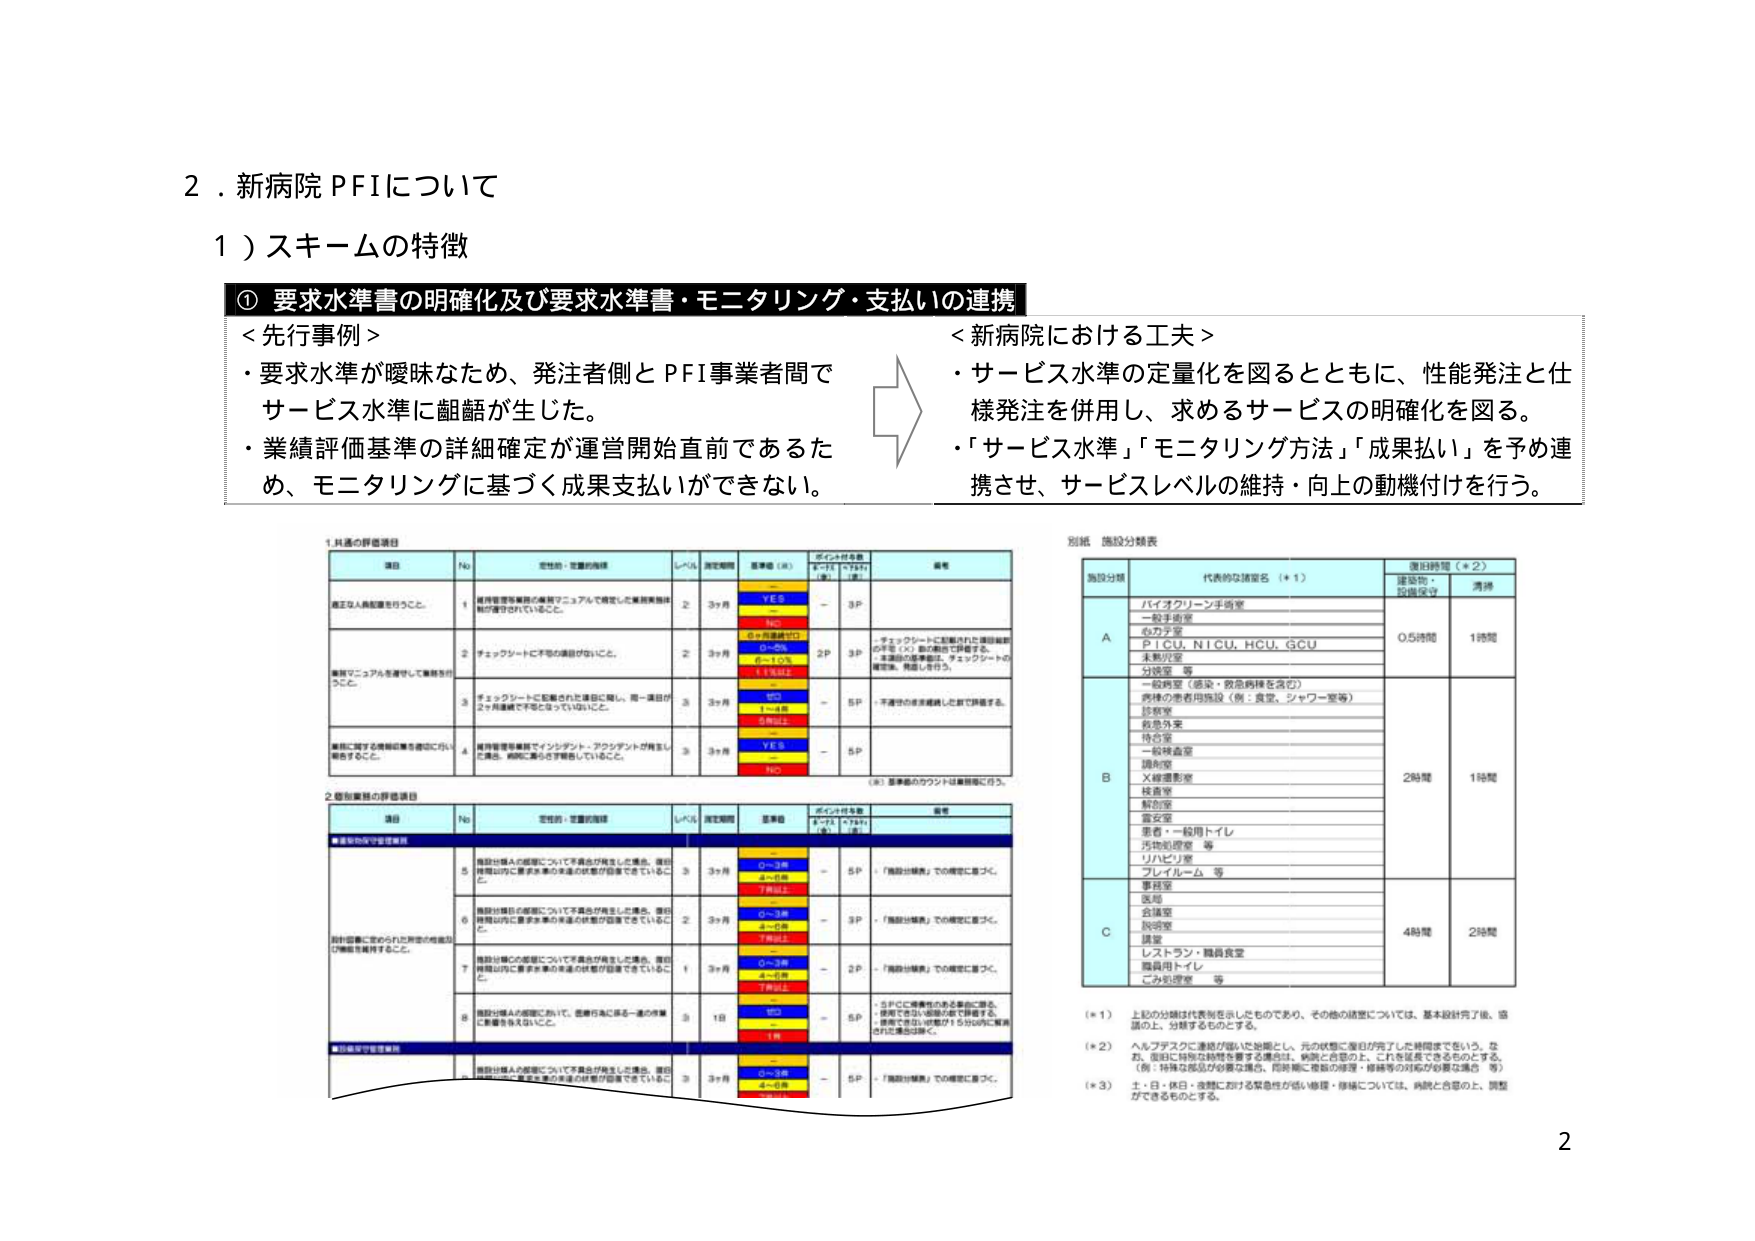
2．新病院PFIについて
1）スキームの特徴

① 要求水準書の明確化及び要求水準書・モニタリング・支払いの連携

＜先行事例＞
・要求水準が曖昧なため、発注者側とPFI事業者間でサービス水準に齟齬が生じた。
・業績評価基準の詳細確定が運営開始直前であるため、モニタリングに基づく成果支払いができない。

＜新病院における工夫＞
・サービス水準の定量化を図るとともに、性能発注と仕様発注を併用し、求めるサービスの明確化を図る。
・「サービス水準」「モニタリング方法」「成果払い」を予め連携させ、サービスレベルの維持・向上の動機付けを行う。

1. 共通の評価項目

項目　　No　　定性的・定量的指標　　レベル　　測定期間　　基準値（※）　　ポイント付与基準（※）　　備考
　　　　　　　　　　　　　　　　　　　　　　　　※PT1　※PT2　　（※）
　　　　　　　　　　　　　　　　　　　　　　　　（※）　（※）

適正な人員配置を行うこと。　　1　　維持管理等業務の業務マニュアルで規定した業務実施体制が確保されていること。　　2　　3ヶ月　　YES　　－　　3P
　　　　　　　　　　　　　　　　　　　　　　　　NO　　－
　　　　　　　　　　　　　　　　　　　　　　　　0～3件　　－
　　　　　　　　　　　　　　　　　　　　　　　　4～6件　　－
　　　　　　　　　　　　　　　　　　　　　　　　7件以上　　－

業務マニュアルを遵守して業務を行っていること。　　2　　チェックシートに不備の確認がないこと。　　2　　3ヶ月　　YES　　2P　　3P　　・チェックシートに記載された項目総数の8割（※）以上が確認できること。
　　　　　　　　　　　　　　　　　　　　　　　　　　　　　　　　　　　　　　　　・本項目の基準値は、チェックシートの確認数、問題点を含む。
　　　　　　　　　　　　　　　　　　　　　　　　0～3件　　－
　　　　　　　　　　　　　　　　　　　　　　　　4～6件　　－
　　　　　　　　　　　　　　　　　　　　　　　　7件以上　　－

チェックシートに記載された項目に関して、同一項目が2ヶ月連続で不備となっていること。　　3　　3ヶ月　　YES　　－　　5P　　・不備のまま連続した数で評価する。
　　　　　　　　　　　　　　　　　　　　　　　　0～3件　　－
　　　　　　　　　　　　　　　　　　　　　　　　4～6件　　－
　　　　　　　　　　　　　　　　　　　　　　　　7件以上　　－

業務に関する情報の共有を適切に行い報告すること。　　4　　維持管理等業務でインシデント・アクシデントが発生した場合、病院に速やかに報告していること。　　3　　3ヶ月　　YES　　－　　5P
　　　　　　　　　　　　　　　　　　　　　　　　NO　　－

（※）基準値のカウントは業務毎に行う。

2. 個別業務の評価項目

項目　　No　　定性的・定量的指標　　レベル　　測定期間　　基準値　　ポイント付与基準　　備考
　　　　　　　　　　　　　　　　　　　　　　　　※PT1　※PT2
　　　　　　　　　　　　　　　　　　　　　　　　（※）　（※）

★電気設備の保守管理

施設設備の保守管理について不備が発生した場合、施設設備以外に影響が及ぶ場合の対応が迅速できていること。　　5　　3　　3ヶ月　　0～3件　　－　　5P　　・「施設設備」での確認に基づく。
　　　　　　　　　　　　　　　　　　　　　　　　　　　　　　　　　　　　　　　　4～6件　　－
　　　　　　　　　　　　　　　　　　　　　　　　　　　　　　　　　　　　　　　　7件以上　　－

施設設備の保守管理について不備が発生した場合、施設設備以外に影響が及ぶ場合の対応が迅速できていること。　　6　　2　　3ヶ月　　0～3件　　－　　3P　　・「施設設備」での確認に基づく。
　　　　　　　　　　　　　　　　　　　　　　　　　　　　　　　　　　　　　　　　4～6件　　－
　　　　　　　　　　　　　　　　　　　　　　　　　　　　　　　　　　　　　　　　7件以上　　－

施設設備の保守管理について不備が発生した場合、施設設備以外に影響が及ぶ場合の対応が迅速できていること。　　7　　1　　3ヶ月　　0～3件　　－　　2P　　・「施設設備」での確認に基づく。
　　　　　　　　　　　　　　　　　　　　　　　　　　　　　　　　　　　　　　　　4～6件　　－
　　　　　　　　　　　　　　　　　　　　　　　　　　　　　　　　　　　　　　　　7件以上　　－

施設設備の保守管理において、監督行為に係る一連の作業に影響を与えないこと。　　8　　3　　1日　　YES　　－　　5P　　・SPCに不備が発生した場合に限る。
　　　　　　　　　　　　　　　　　　　　　　　　　　　　　　　　　　　　　　　　・使用できない状態が続く時間を、
　　　　　　　　　　　　　　　　　　　　　　　　　　　　　　　　　　　　　　　　・連続で合計15分以内に解消
　　　　　　　　　　　　　　　　　　　　　　　　　　　　　　　　　　　　　　　　された場合はOK。
　　　　　　　　　　　　　　　　　　　　　　　　NO　　－
　　　　　　　　　　　　　　　　　　　　　　　　1件　　－

★給排水設備の保守管理

施設設備の保守管理について不備が発生した場合、施設設備以外に影響が及ぶ場合の対応が迅速できていること。　　3　　3ヶ月　　0～3件　　－　　5P　　・「施設設備」での確認に基づく。
　　　　　　　　　　　　　　　　　　　　　　　　　　　　　　　　　　　　　　　　4～6件　　－
　　　　　　　　　　　　　　　　　　　　　　　　　　　　　　　　　　　　　　　　7件以上　　－

別紙 施設分類表

施設分類　　代表的な諸室名（※1）　　復旧時間（※2）
　　　　　　　　　　　　　　　　　　建築物・設備保守　　清掃

A　　バイオクリーン手術室　　0.5時間　　1時間
　　　一般手術室
　　　心カテ室
　　　P I C U、N I C U、H C U、G C U
　　　未熟児室
　　　分娩室　等

B　　一般病室（感染・救急病棟を含む）　　2時間　　1時間
　　　内装の患者用施設（例：食堂、シャワー室等）
　　　診察室
　　　救急外来
　　　待合室
　　　一般検査室
　　　調剤室
　　　X線撮影室
　　　検査室
　　　解剖室
　　　霊安室
　　　患者・一般用トイレ
　　　汚物処理室　等
　　　リハビリ室
　　　プレイルーム　等

C　　事務室　　4時間　　2時間
　　　医局
　　　会議室
　　　説明室
　　　講堂
　　　レストラン・職員食堂
　　　職員用トイレ
　　　ごみ処理室　等

（※1）上記の分類は代表例を示したものであり、その他の諸室については、基本設計完了後、協議の上、分類するものとする。
（※2）ヘルプデスクに連絡が取れた設備とし、元の状態に復旧が完了した時間までをいう。なお、復旧に特別な処置を要する場合は、病院と合意の上、これを延長できるものとする。（例：特殊な部品が少数な場合、同時間に複数の修理・修繕等の対応が必要な場合　等）
（※3）土・日・休日・夜間における緊急性の低い修理・修繕については、病院と合意の上、調整ができるものとする。

2